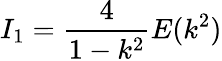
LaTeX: I_{1}=\frac{4}{1-k^{2}}E(k^{2})